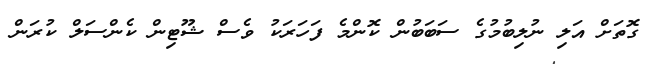
ގޮތަށް އަލި ނުލިބުމުގެ ސަބަބުން ކޮންމެ ފަހަރަކު ވެސް ޝޫޓިން ކެންސަލް ކުރަން